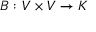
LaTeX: B : V \times V \rightarrow K